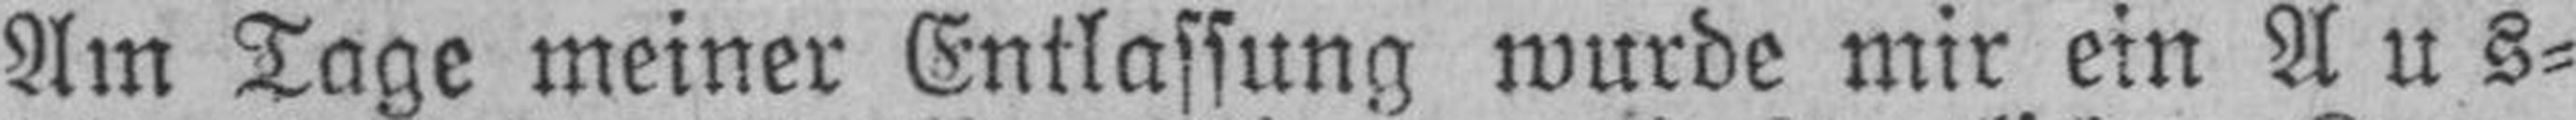
Am Tage meiner Entlassung wurde mir ein Aus¬